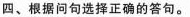
四、根据问句选择正确的答句。